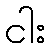
ငါး